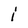
Character: i